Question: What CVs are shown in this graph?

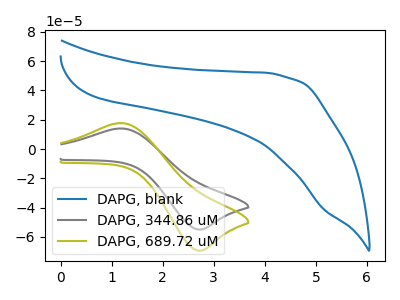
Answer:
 <answer>The blue curve is labeled "DAPG, blank". The gray curve is labeled "DAPG, 344.86 uM". The olive curve is labeled "DAPG, 689.72 uM".</answer>
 <eval></eval>